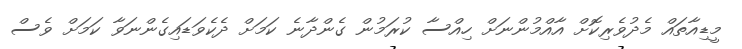
މީޑިއާތައް މެދުވެރިކޮށް އާއްމުންނަށް ހިއްސާ ކުރަމުން ގެންދާނެ ކަމަށް ދެކެވަޑައިގެންނަވާ ކަމަށް ވެސް